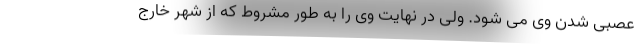
عصبی شدن وی می شود. ولی در نهایت وی را به طور مشروط که از شهر خارج